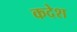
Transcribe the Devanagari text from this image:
कदेश